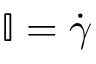
\overset \vartriangle { \mathbb { I } } = \dot { \boldsymbol { \gamma } }